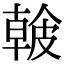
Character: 𥀐